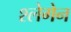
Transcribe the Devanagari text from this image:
श्लेगेन